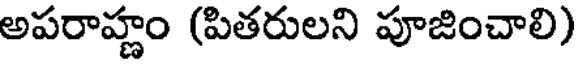
అపరాహ్ణం (పితరులని పూజించాలి)